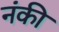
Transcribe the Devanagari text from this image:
नंकी